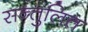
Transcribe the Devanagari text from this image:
सन्‍तुलित